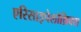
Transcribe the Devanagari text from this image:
एरिसाइपेलोथ्रिक्स